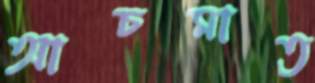
আচমাত